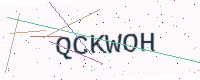
Text: QCKWOH